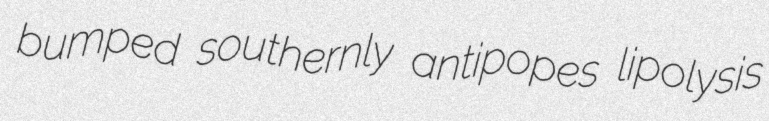
bumped southernly antipopes lipolysis